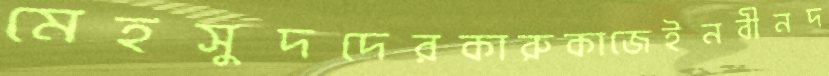
মেহসুদদেরকারুকাজেইনবীনদ